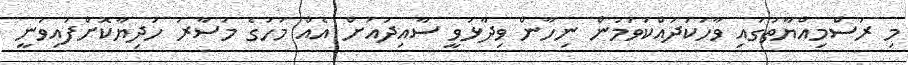
މި ރަސްމިއްޔާތުގައި ވާހަކަދައްކަވަމުން ނިހާން ވިދާޅުވީ ސާއިދުއަށް އެއް މަހުގެ މުސާރަ ހަދިޔާކޮށްފައިވަނީ